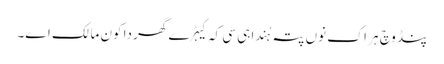
پنڈ وچ ہر اک نوں پتہ ہُندا ہی سی کہ کیہڑے گھر دا کون مالک اے۔